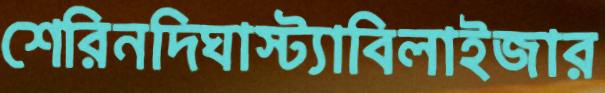
শেরিনদিঘাস্ট্যাবিলাইজার